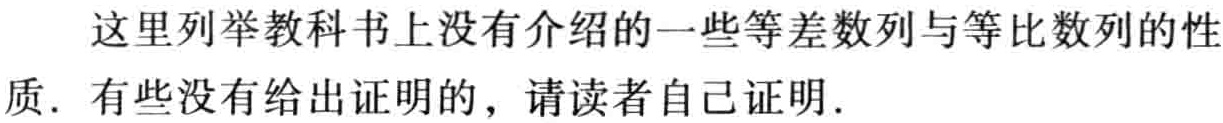
这里列举教科书上没有介绍的一些等差数列与等比数列的性质. 有些没有给出证明的，请读者自己证明.